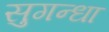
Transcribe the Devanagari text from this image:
सुगन्धा